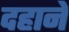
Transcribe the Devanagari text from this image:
दहाने